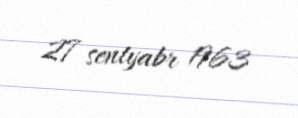
27 sentyabr 1963